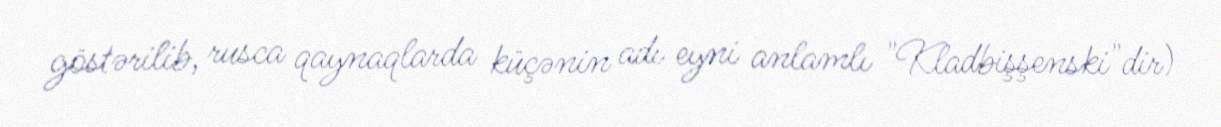
göstərilib, rusca qaynaqlarda küçənin adı eyni anlamlı "Kladbişşenski"dir)